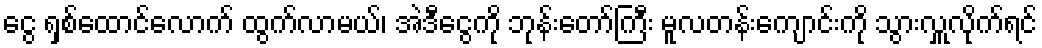
ငွေ ရှစ်ထောင်လောက် ထွက်လာမယ်၊ အဲဒီငွေကို ဘုန်းတော်ကြီး မူလတန်းကျောင်းကို သွားလှူလိုက်ရင်